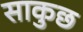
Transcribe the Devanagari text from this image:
साकुछ